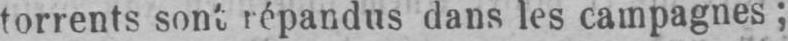
dans les campagnes;